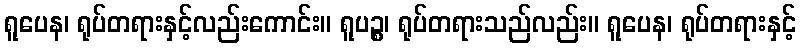
ရူပေန၊ ရုပ်တရားနှင့်လည်းကောင်း။ ရူပဉ္စ၊ ရုပ်တရားသည်လည်း။ ရူပေန၊ ရုပ်တရားနှင့်